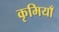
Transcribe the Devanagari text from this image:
कृमियाँ